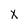
Character: x